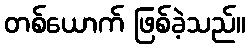
တစ်ယောက် ဖြစ်ခဲ့သည်။